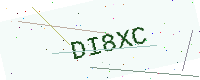
Text: DI8XC